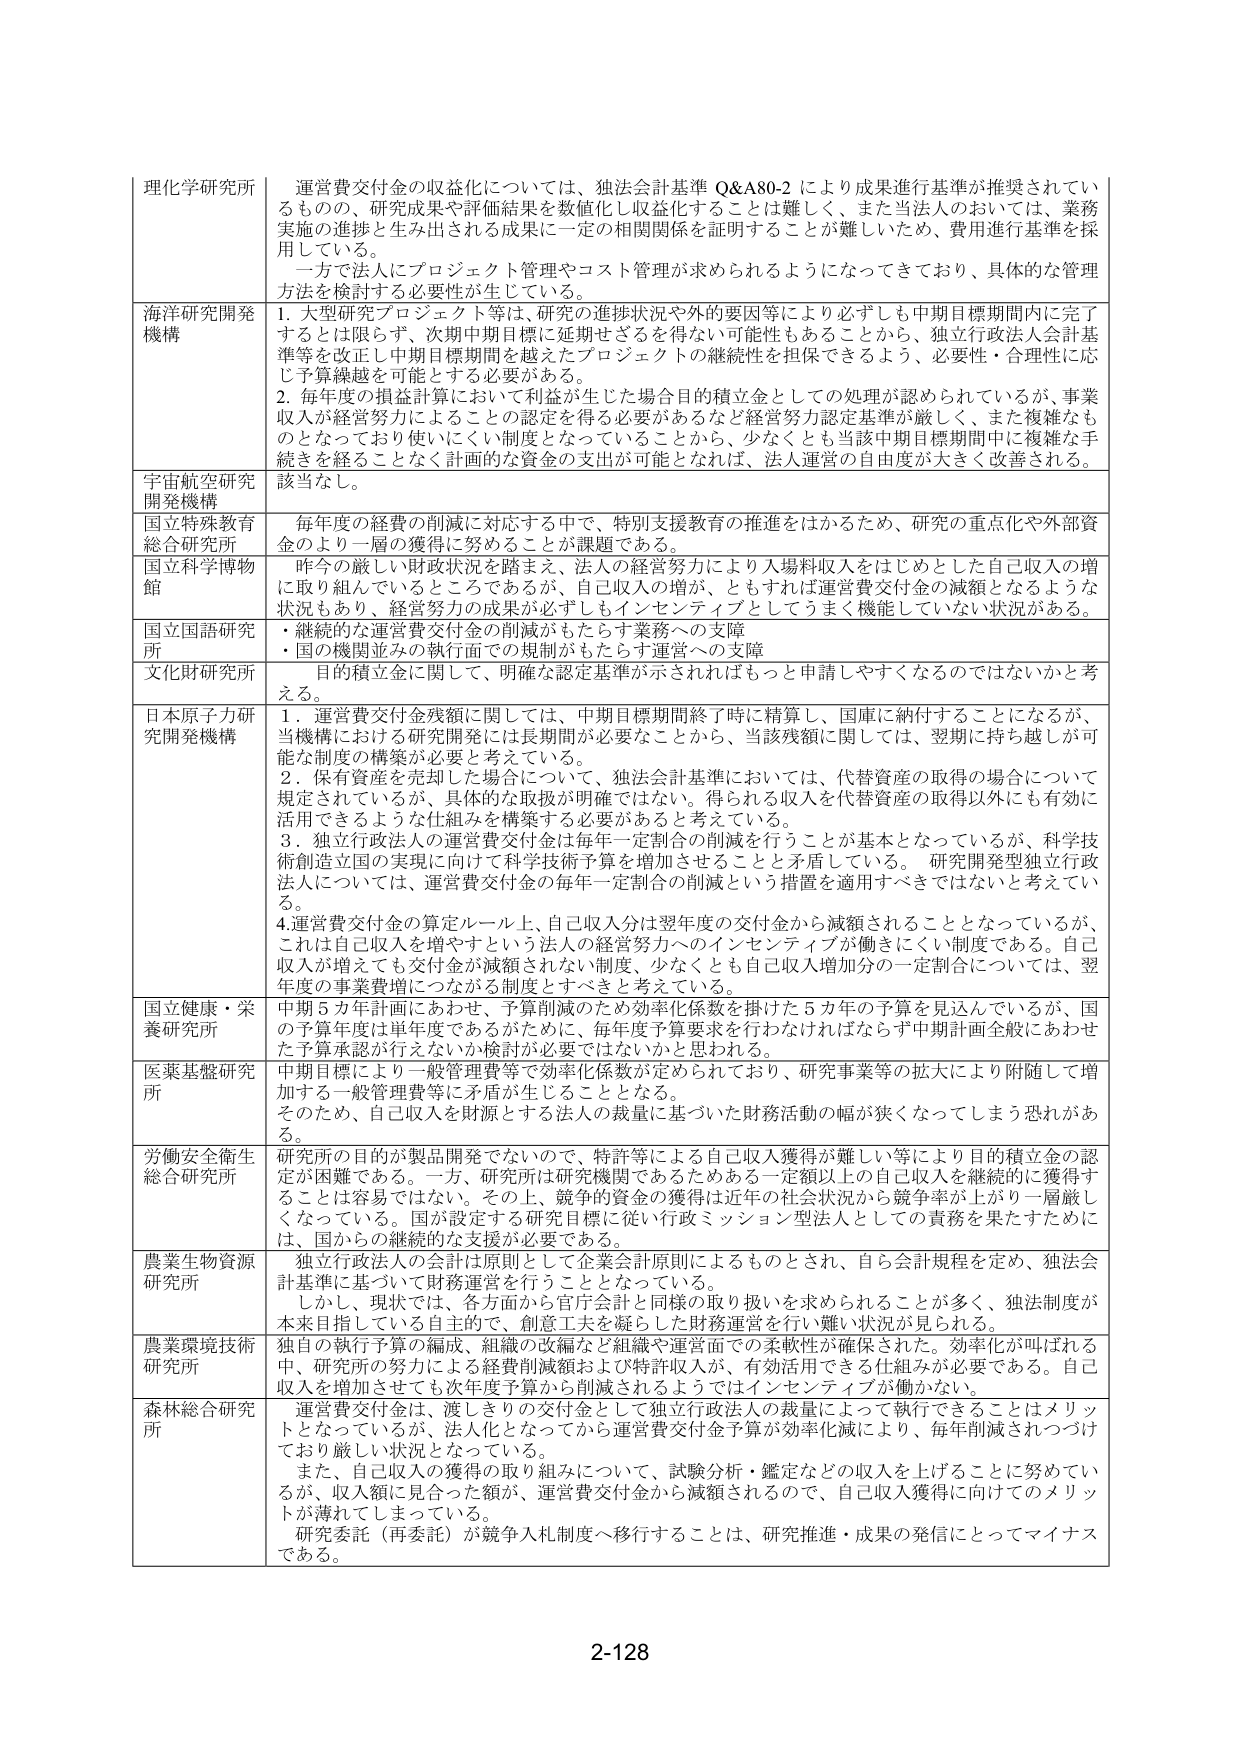
理化学研究所 運営費交付金の収益化については、独法会計基準 Q&A80-2 により成果進行基準が推奨されているものの、研究成果や評価結果を数値化し収益化することは難しく、また当法人のおいては、業務実施の進捗と生み出される成果に一定の相関関係を証明することが難しいため、費用進行基準を採用している。 一方で法人にプロジェクト管理やコスト管理が求められるようになってきており、具体的な管理方法を検討する必要性が生じている。

海洋研究開発機構 1. 大型研究プロジェクト等は、研究の進捗状況や外的要因等により必ずしも中期目標期間内に完了するとは限らず、次期中期目標に延期せざるを得ない可能性もあることから、独立行政法人会計基準等を改正し中期目標期間を越えたプロジェクトの継続性を担保できるよう、必要性・合理性に応じ予算繰越を可能とする必要がある。 2. 毎年度の損益計算において利益が生じた場合目的積立金としての処理が認められているが、事業収入が経営努力によるこの認定を得る必要があるなど経営努力認定基準が厳しく、また複雑なものとなっており使いにくい制度となっていることから、少なくとも当該中期目標期間中に複雑な手続きを経ることなく計画的な資金の支出が可能となれば、法人運営の自由度が大きく改善される。

宇宙航空研究開発機構 該当なし。

国立特殊教育総合研究所 毎年度の経費の削減に対応する中で、特別支援教育の推進をはかるため、研究の重点化や外部資金のより一層の獲得に努めることが課題である。

国立科学博物館 昨今の厳しい財政状況を踏まえ、法人の経営努力により入場料収入をはじめとした自己収入の増に取り組んでいるところであるが、自己収入の増が、ともすれば運営費交付金の減額となるような状況もあり、経営努力の成果が必ずしもインセンティブとしてうまく機能していない状況がある。

国立国語研究所 ・継続的な運営費交付金の削減がもたらす業務への支障 ・国の機関並みの執行面での規制がもたらす運営への支障

文化財研究所 目的積立金に関して、明確な認定基準が示されればもっと申請しやすくなるのではないかと考える。

日本原子力研究開発機構 1. 運営費交付金残額に関しては、中期目標期間終了時に精算し、国庫に納付することになるが、当機構における研究開発には長期間が必要なことから、当該残額に関しては、翌期に持ち越しが可能な制度の構築が必要と考えている。 2. 保有資産を売却した場合について、独法会計基準においては、代替資産の取得の場合について規定されているが、具体的な取扱が明確ではない。得られる収入を代替資産の取得以外にも有効に活用できるような仕組みを構築する必要があると考えている。 3. 独立行政法人の運営費交付金は毎年一定割合の削減を行うことが基本となっているが、科学技術創造立国の実現に向けて科学技術予算を増加させることと矛盾している。研究開発型独立行政法人については、運営費交付金の毎年一定割合の削減という措置を適用すべきではないと考えている。 4. 運営費交付金の算定ルール上、自己収入分は翌年度の交付金から減額されることとなっているが、これは自己収入を増やすという法人の経営努力へのインセンティブが働きにくい制度である。自己収入が増えても交付金が減額されない制度、少なくとも自己収入増加分の一定割合については、翌年度の事業費増につながる制度とすべきと考えている。

国立健康・栄養研究所 中期5カ年計画にあわせ、予算削減のため効率化係数を掛けた5カ年の予算を見込んでいるが、国の予算年度は単年度であるがために、毎年度予算要求を行わなければならず中期計画全般にあわせた予算承認が行えないか検討が必要ではないかと思われる。

医薬基盤研究所 中期目標により一般管理費等で効率化係数が定められており、研究事業等の拡大により附随して増加する一般管理費等に矛盾が生じることとなる。 そのため、自己収入を財源とする法人の裁量に基づいた財務活動の幅が狭くなってしまう恐れがある。

労働安全衛生総合研究所 研究所の目的が製品開発でないので、特許等による自己収入獲得が難しい等により目的積立金の認定が困難である。一方、研究所は研究機関であるためある一定額以上の自己収入を継続的に獲得することは容易ではない。その上、競争的資金の獲得は近年の社会状況から競争率が上がり一層厳しくなっている。国が設定する研究目標に従い行政ミッション型法人としての責務を果たすために、国からの継続的な支援が必要である。

農業生物資源研究所 独立行政法人の会計は原則として企業会計原則によるものとされ、自ら会計規程を定め、独法会計基準に基づいて財務運営を行うこととなっている。 しかし、現状では、各方面から官庁会計と同様の取り扱いを求められることが多く、独法制度が本来目指している自主的で、創意工夫を凝らした財務運営を行い難い状況が見られる。

農業環境技術研究所 独自の執行予算の編成、組織の改編など組織や運営面での柔軟性が確保された。効率化が叫ばれる中、研究所の努力による経費削減額および特許収入が、有効活用できる仕組みが必要である。自己収入を増加させても次年度予算から削減されるようではインセンティブが働かない。

森林総合研究所 運営費交付金は、渡しきりの交付金として独立行政法人の裁量によって執行できることはメリットとなっているが、法人化となってから運営費交付金予算が効率化減により、毎年削減されつづけており厳しい状況となっている。 また、自己収入の獲得の取り組みについて、試験分析・鑑定などの収入を上げることに努めているが、収入額に見合った額が、運営費交付金から減額されるので、自己収入獲得に向けてのメリットが薄れてしまっている。 研究委託（再委託）が競争入札制度へ移行することは、研究推進・成果の発信にとってマイナスである。

2-128